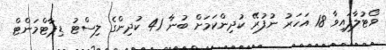
ވޯޓުލާފައިވާ 18 އަހަރު ނުފުރޭ ކުދިންކަމަށް ބުނާ 41 ކުދިންގެ ލިސްޓު ޑިޕާޓްމަންޓް